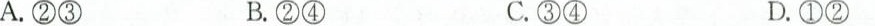
A.②③ B.②④ C.③④ D.①②